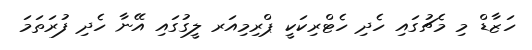
ހަޒާޑް މި މެޗުގައި ހެދި ހެޓްރިކަކީ ޕްރިމިއަރ ލީގުގައި އޭނާ ހެދި ފުރަތަމަ